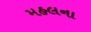
મહલના